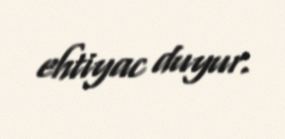
ehtiyac duyur.